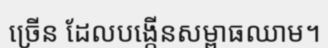
ច្រើន ដែលបង្កើនសម្ពាធឈាម។